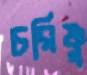
চরিষ্ণু